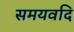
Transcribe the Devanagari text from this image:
समयवदि